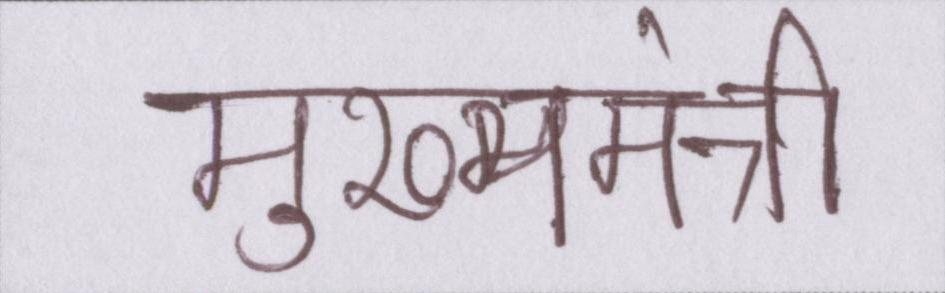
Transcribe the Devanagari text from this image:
मुख्यमंत्री